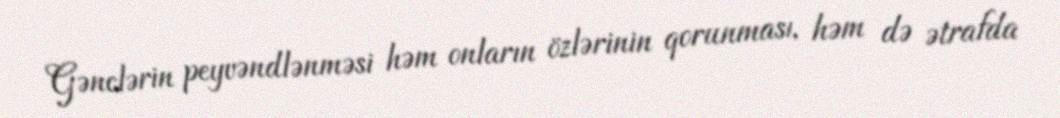
Gənclərin peyvəndlənməsi həm onların özlərinin qorunması, həm də ətrafda